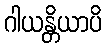
ဂါယန္တိယာပိ